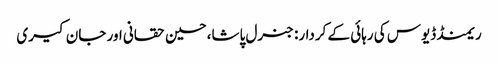
ریمنڈ ڈیوس کی رہائی کے کردار: جنرل پاشا،حسین حقانی اور جان کیری